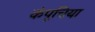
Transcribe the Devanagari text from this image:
कंपूचिया